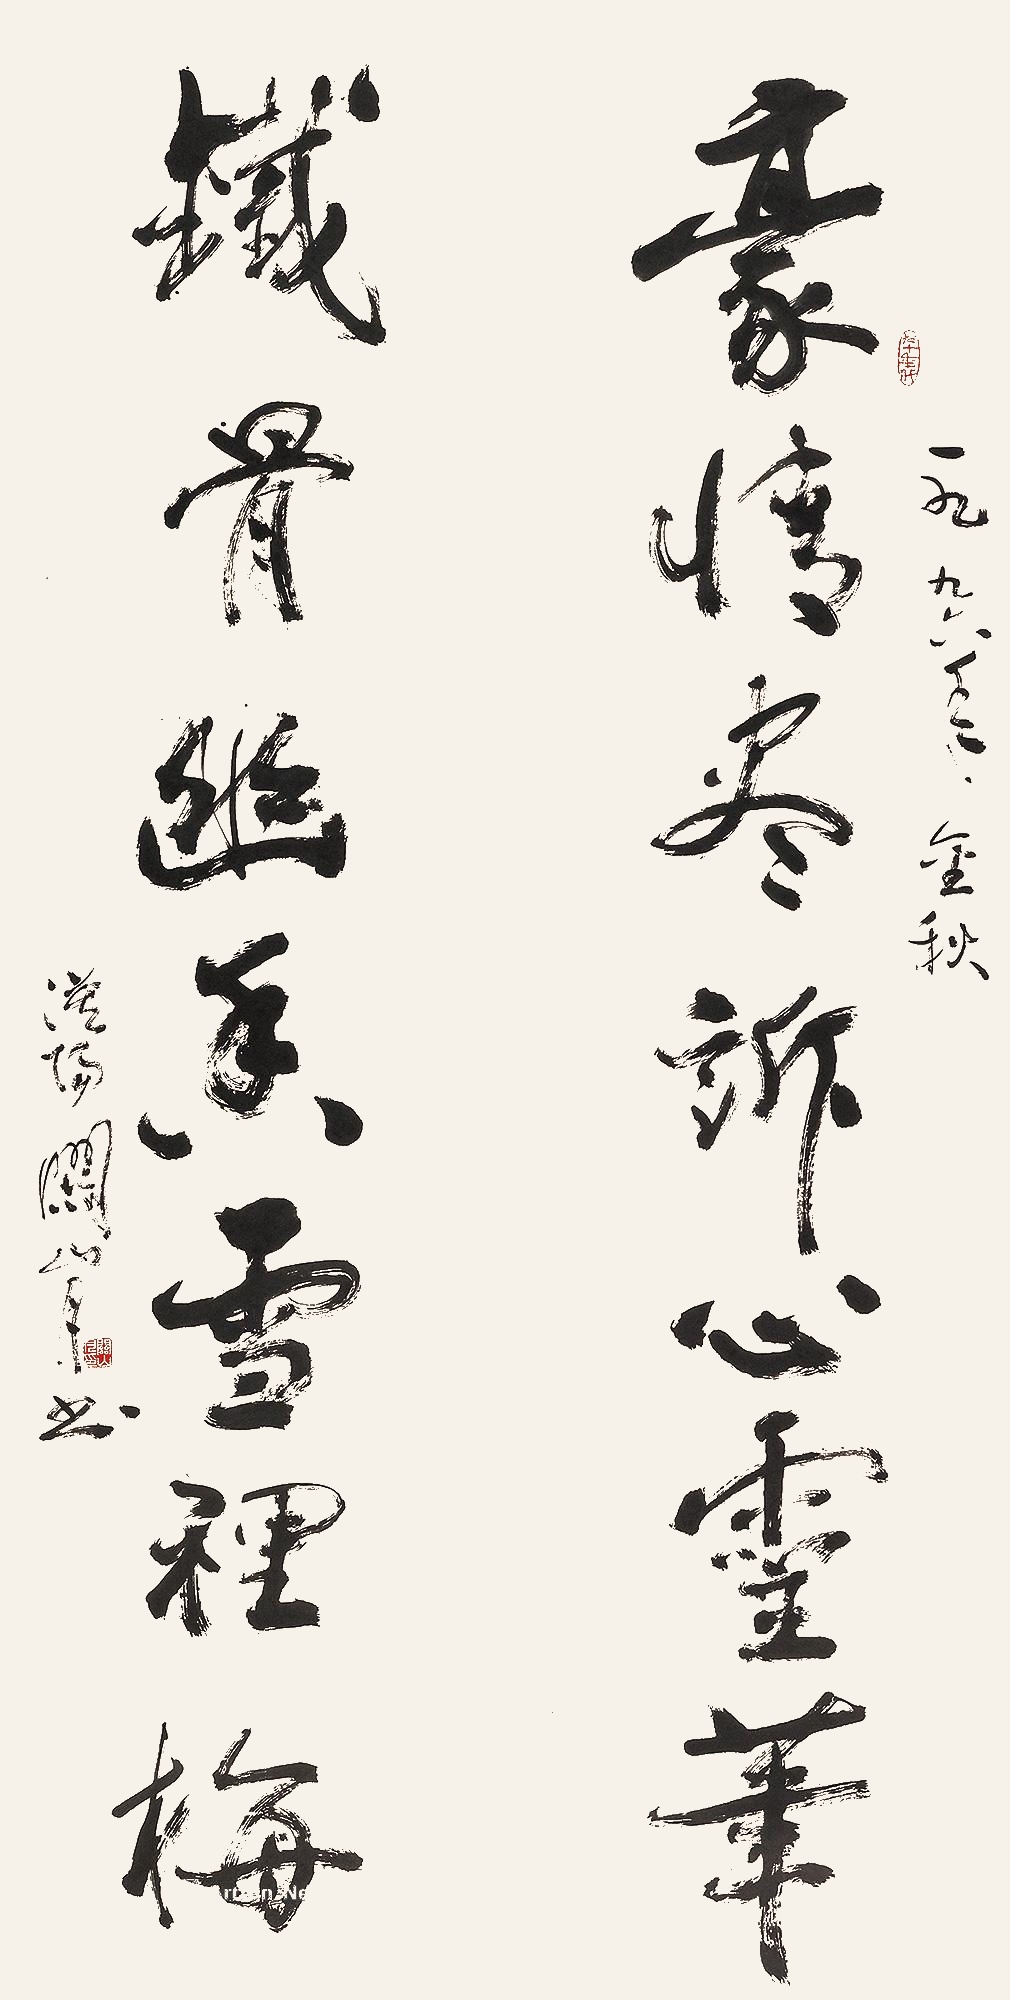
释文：豪情尽诉心灵笔，铁骨幽香雪里梅。一九九六年金秋，漠阳关山月书。